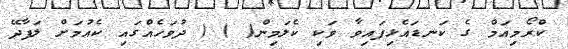
ކްރޯމިއަމް ގެ ކަނޑައެޅިފައިވާ ވަކި ކެލަމިން( ) ( ދުވަހެއްގައި ކެއުމަށް ލަފާދޭ